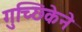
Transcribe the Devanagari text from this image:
गुच्छिकेने